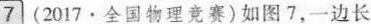
7(2017·全国物理竞赛)如图7，一边长